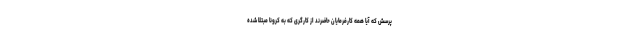
پرسش که آیا همه کارفرمایان حاضرند از کارگری که به کرونا مبتلا شده